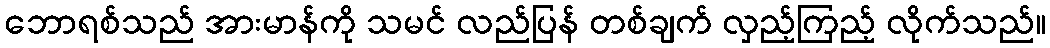
ဘောရစ်သည် အားမာန်ကို သမင် လည်ပြန် တစ်ချက် လှည့်ကြည့် လိုက်သည်။